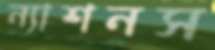
ন্যাশনস